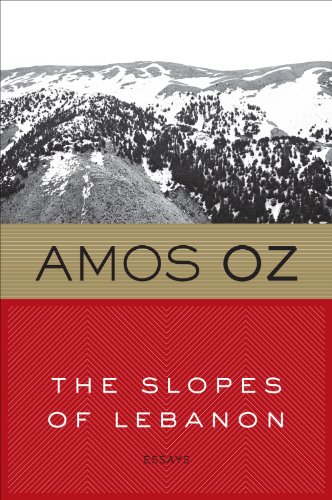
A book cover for The Slopes of Lebanon; Amos Oz; History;